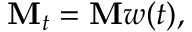
\mathbf { M } _ { t } = \mathbf { M } w ( t ) ,